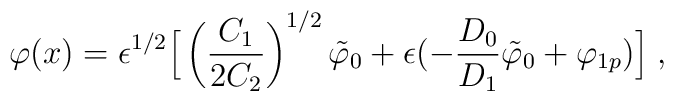
\varphi(x)=\epsilon^{1/2}\Big\lbrack\left(\frac{C_1}{2C_2}\right)^{1/2}\tilde{\varphi}_0+\epsilon(-\frac{D_0}{D_1}\tilde{\varphi}_0+\varphi_{1p})\Big\rbrack\;,